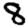
Digit: 8